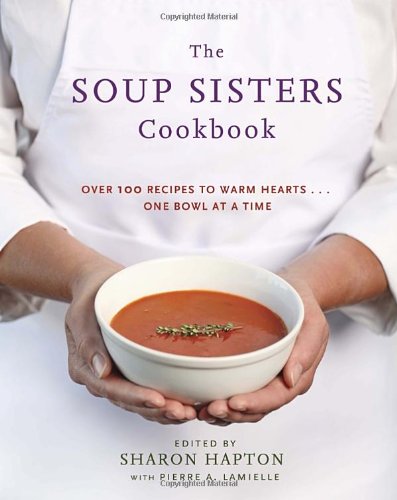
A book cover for The Soup Sisters Cookbook: 100 Simple Recipes to Warm Hearts . . . One Bowl at a Time; Cookbooks, Food & Wine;